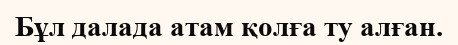
Бұл далада атам қолға ту алған.